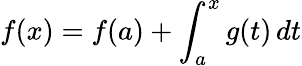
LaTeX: f(x)=f(a)+\int_{a}^{x}g(t)\, dt